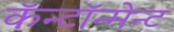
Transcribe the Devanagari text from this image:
कॅन्टॉन्मेन्ट